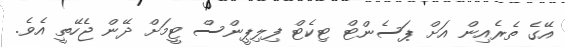
އޭގެ ތެރެއިން އަށް ޕަސެންޓް ޓިކެޓް ފިލިޕީންސް ޓީމަށް ދޭން ޖެހޭތީ އެވެ.